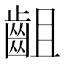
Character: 齟